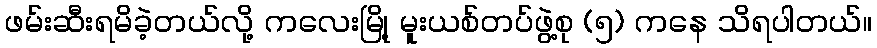
ဖမ်းဆီးရမိခဲ့တယ်လို့ ကလေးမြို့ မူးယစ်တပ်ဖွဲ့စု (၅) ကနေ သိရပါတယ်။